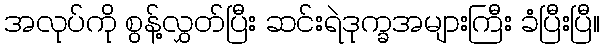
အလုပ်ကို စွန့်လွှတ်ပြီး ဆင်းရဲဒုက္ခအများကြီး ခံပြီးပြီ။